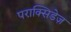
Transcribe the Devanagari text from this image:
पराक्सिडेज़